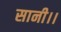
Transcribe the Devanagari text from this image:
सानी।।